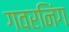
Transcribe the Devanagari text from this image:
गवरनिंग